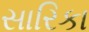
સારિકા